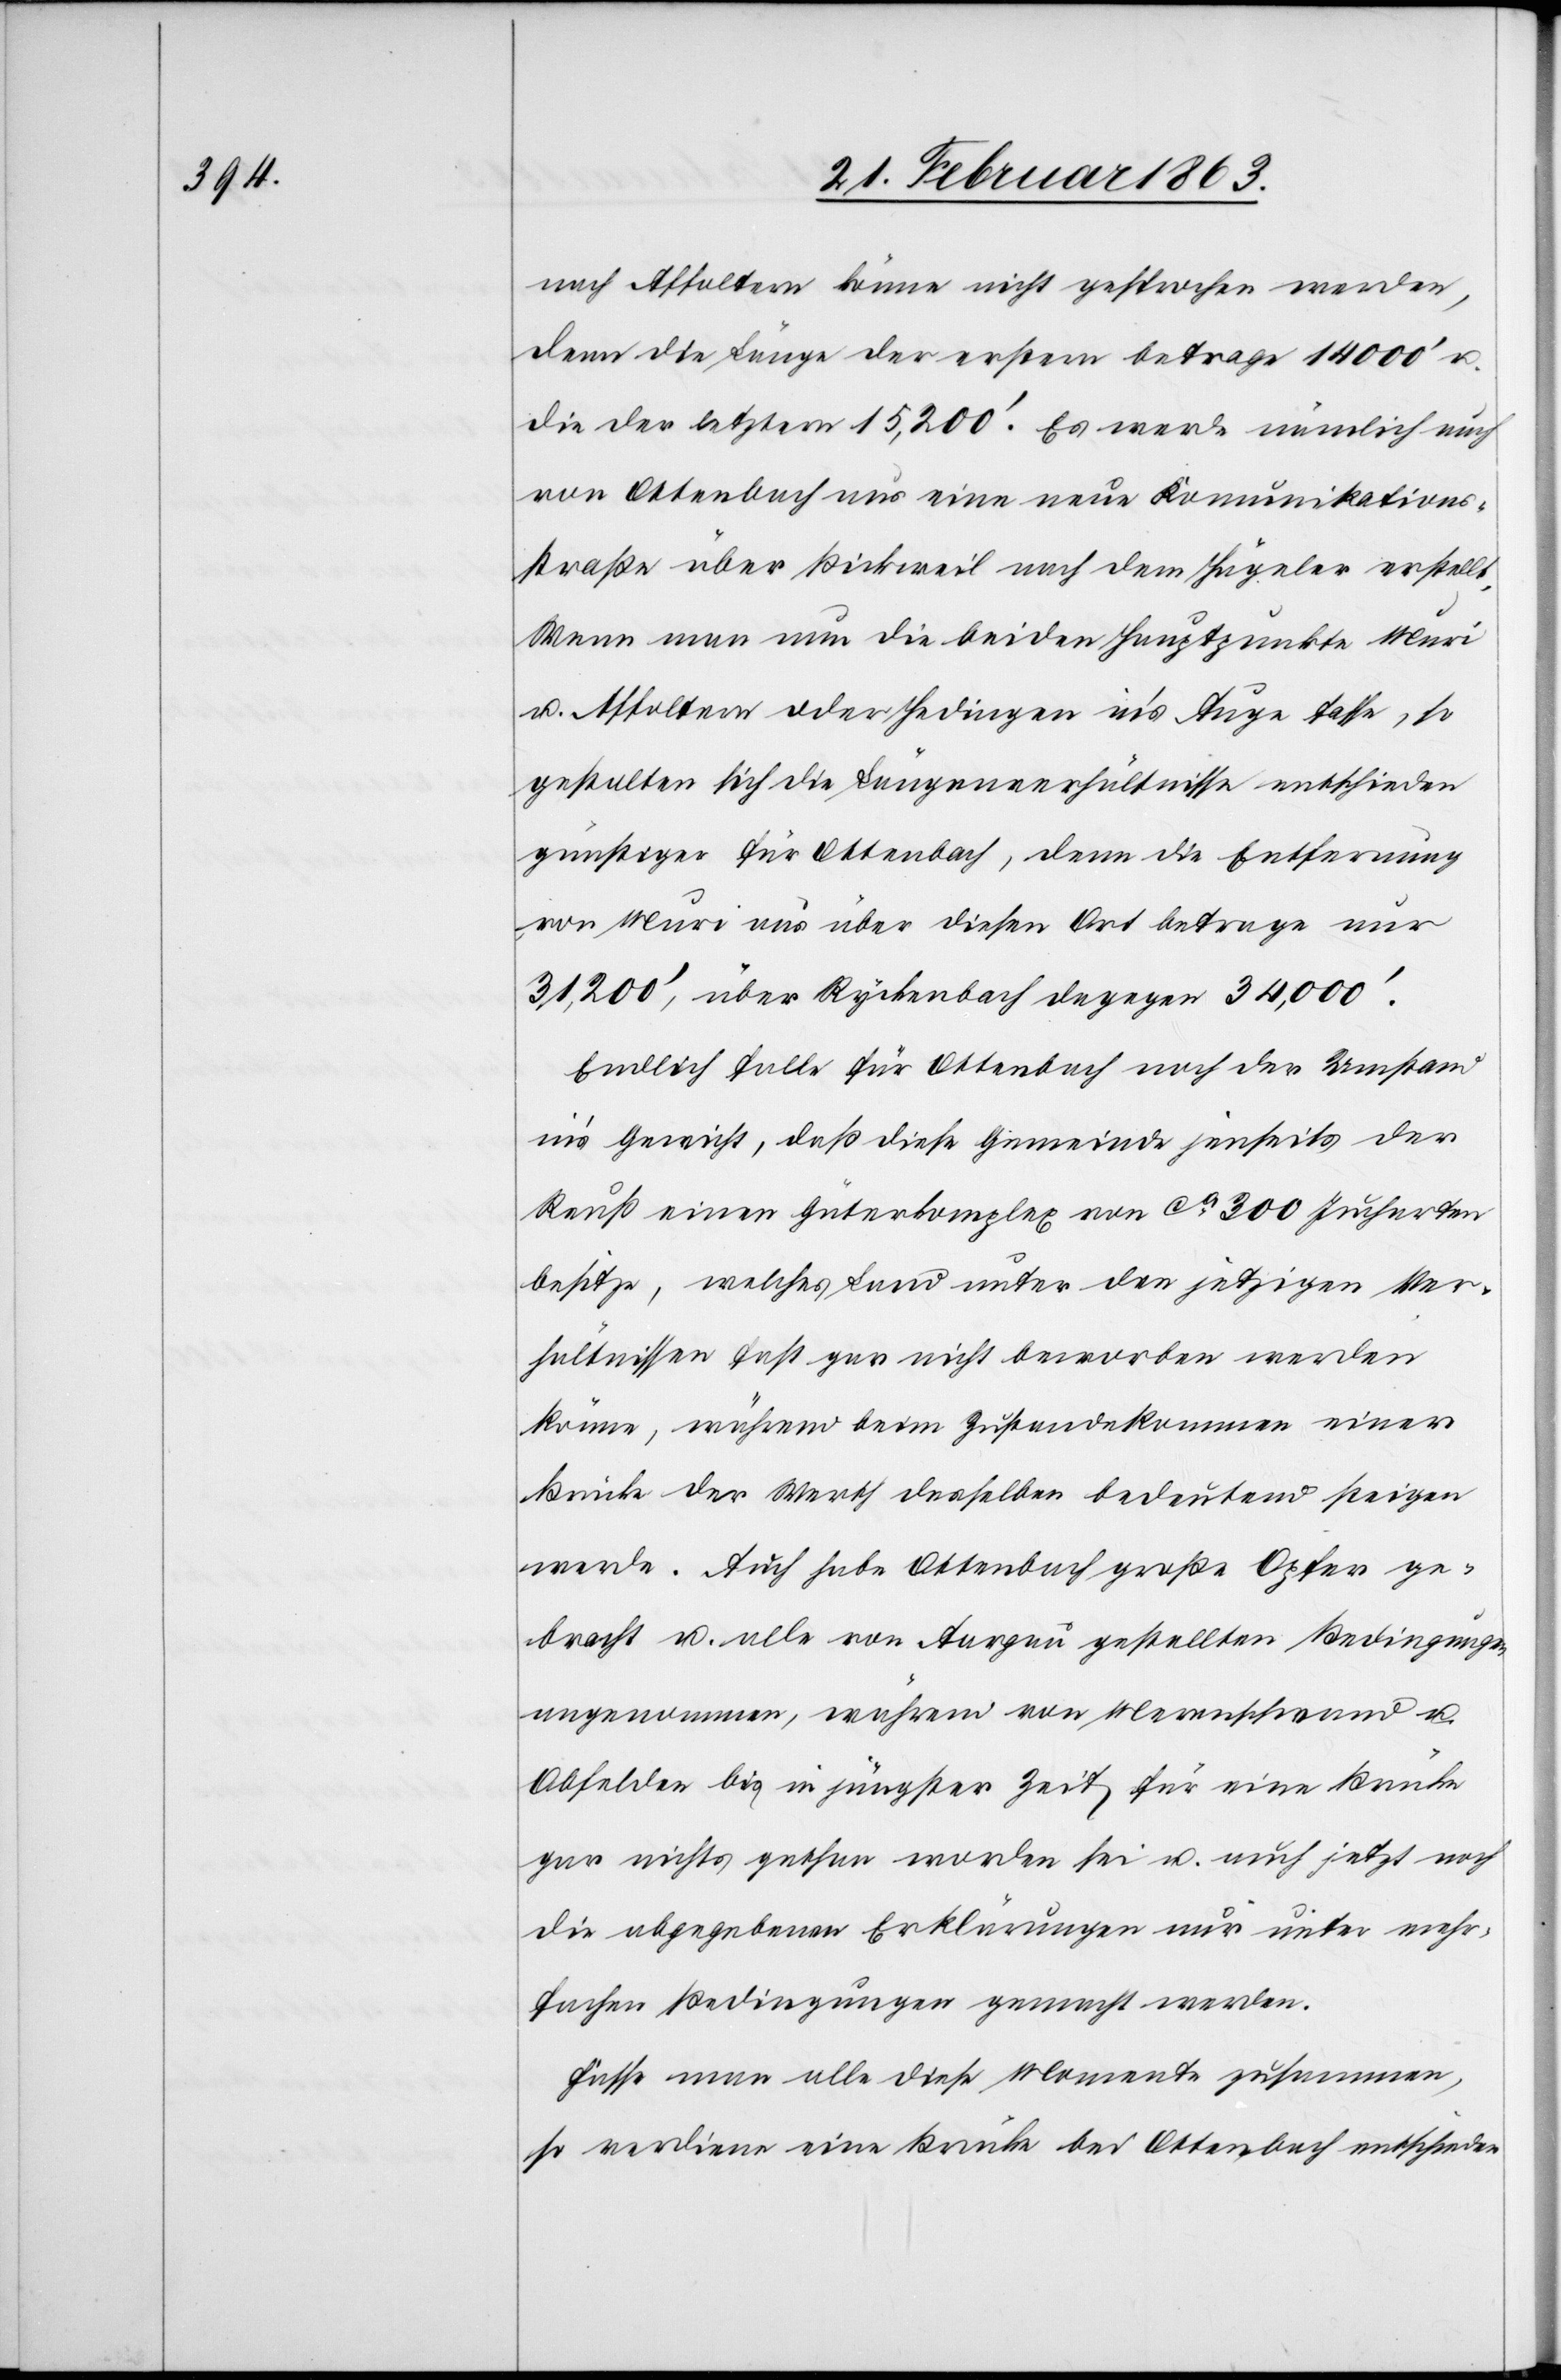
nach Affoltern könne nicht gesprochen werden,
denn die Länge der erstern betrage 14 000' u.
die der letztern 15,200'. Es werde nämlich auch
von Ottenbach aus eine neue Komunikations¬
straße über Bickweil nach dem Hägeler erstellt.
Wenn man nun die beiden Hauptpunkte Muri
u. Affoltern oder Hedingen in's Auge fasse, so
gestalten sich die Längenverhältnisse entschieden
günstiger für Ottenbach, denn die Entfernung
von Muri aus über diesen Ort betrage nur
31,200', über Rickenbach dagegen 34,000'.
Endlich falle für Ottenbach noch der Umstand
in's Gewicht, daß diese Gemeinde jenseits der
Reuß einen Güterkomplex von ca 300 Jucharten
besitze, welches Land unter den jetzigen Ver¬
hältnissen fast gar nicht beworben werden
könne, während beim Zustandekommen einer
Brücke der Werth desselben bedeutend steigen
werde. Auch habe Ottenbach große Opfer ge¬
bracht u. alle von Aargau gestellten Bedingungen
angenommen, während von Merenschwand u.
Obfelden bis in jüngster Zeit für eine Brücke
gar nichts gethan worden sei u. auch jetzt noch
die abgegebenen Erklärungen nur unter mehr¬
fachen Bedingungen gemacht werden.
Fasse man alle diese Momente zusammen,
so verdiene eine Brücke bei Ottenbach entschieden